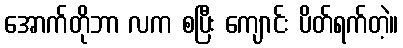
အောက်တိုဘာ လက စပြီး ကျောင်း ပိတ်ရက်တဲ့။